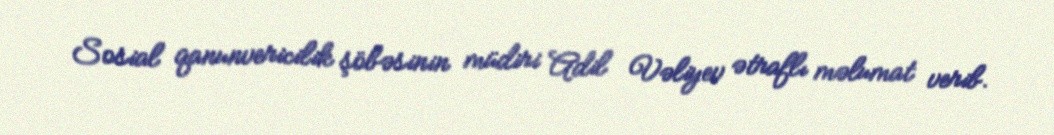
Sosial qanunvericilik şöbəsinin müdiri Adil Vəliyev ətraflı məlumat verib.